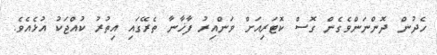
ހެދުން ދޮންނަންވެގެން ގޮސް ކޮޓަރިއަށް ވަންއިރު ފާޚާނާ ތެރޭގައި އިތުރު ކުއްޖަކު އުޅެއެވެ.